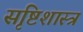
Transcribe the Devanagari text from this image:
सृष्टिशास्त्र